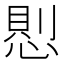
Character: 𢝔